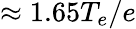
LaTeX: \approx 1.65T_{e}/e